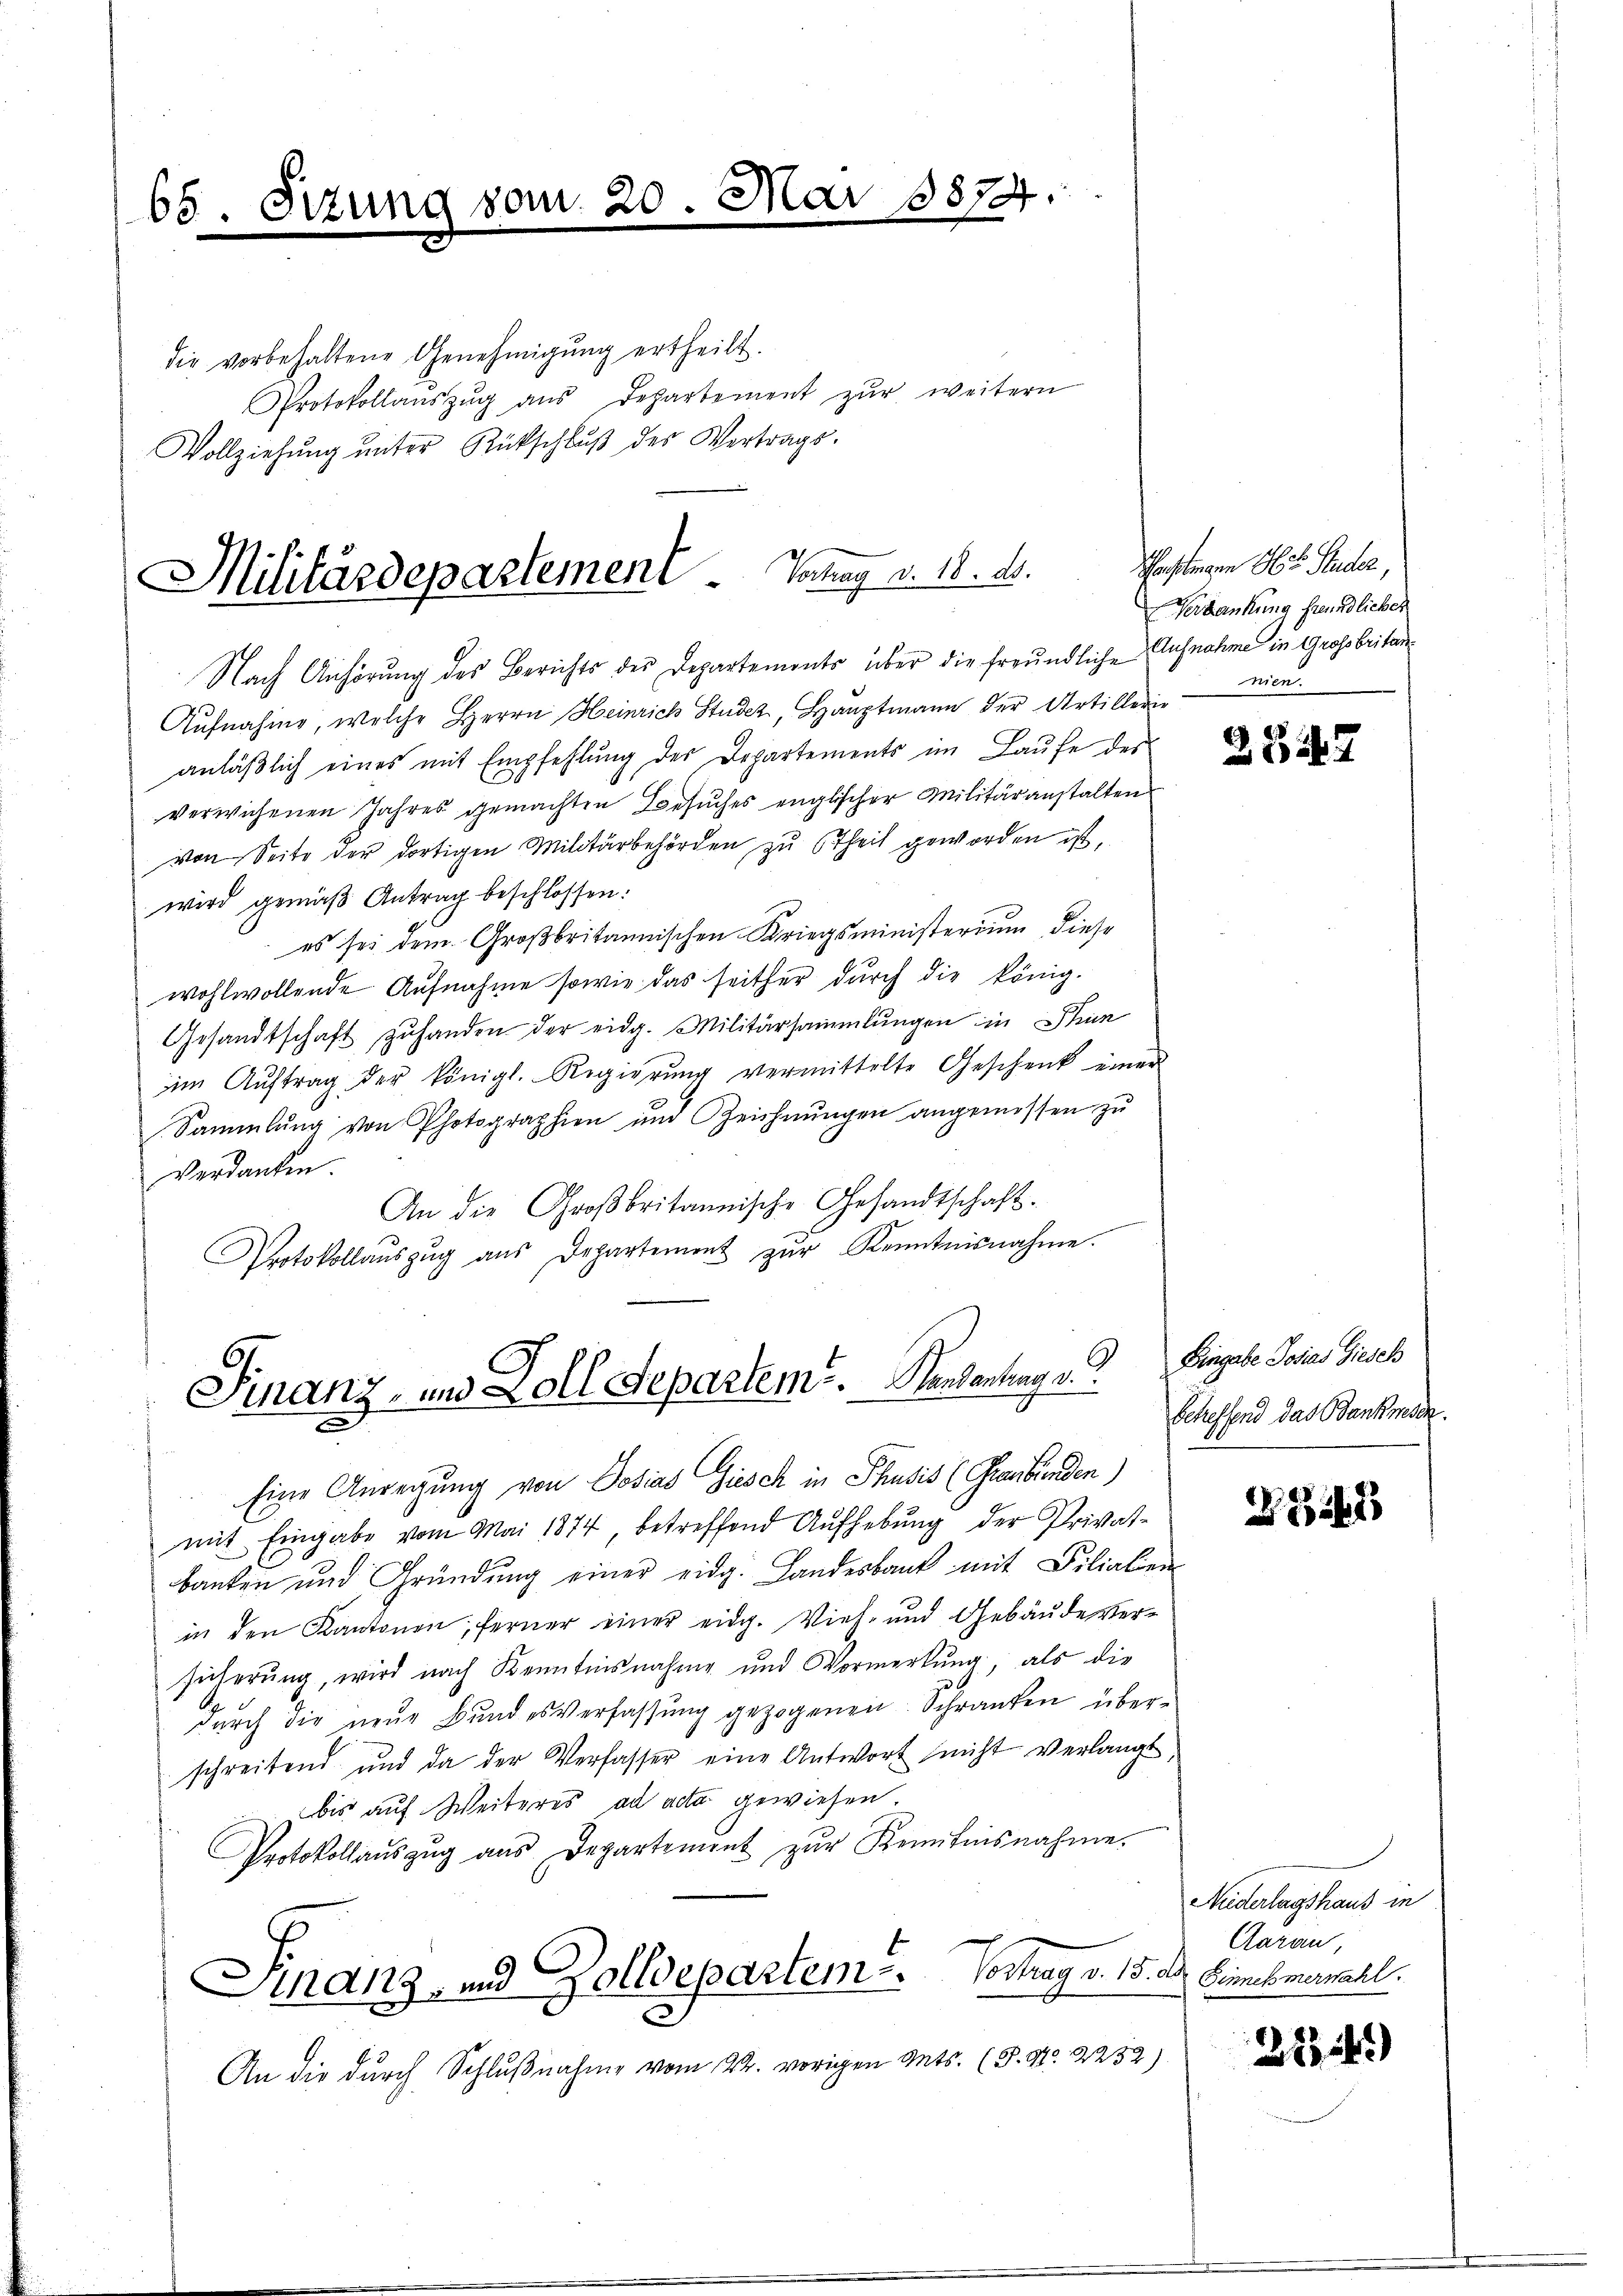
65. Sizung vom 20 M
e

3874

die vorbehaltene Genehmigŭng ertheilt.
Protokollaŭszŭg aŭs Departement zŭr weitern
Vollziehung unter Rückschlŭβ des Vertrags-

Militärdepartement . Vortrag v. 18. ds. Wasten Hs. Ruder,

Nach Anhörung des Berichts des Departements über die freundliche Aufnahme in Grossbritan¬
Aufnahme, welche Herrn Heinrich Studer, Hauptmann der Artillerinnen.
anläßlich eines mit Empfehlung des Departements im Laufe des
verwichenen Jahres gemachten Besuches englischer Militäranstalten
von Seite der dortigen Militärbehörden zu Theil geworden ist.
wird gemäß Antrag beschlossen:
es sei dem Großbritannischen Kriegsministerium, diese
wohlwollende Aufnahme sowie das seither durch die könig.
Gesandtschaft zŭ handen der eidg. Militärsammlungen in Sinn
im Auftrag der königl. Regierung vermittelte Geschenk einer
Sammlung von Photographien und Zeichnŭngen angemessen zŭ
Verdanken.
An die Großbritannische Gesandtschaft.
Protokollaŭszŭg aŭs Departement zŭr Kenntnisnahme.

.
Finanz- und Zoll Departem u. Handantung v.
x

Eine Anregung von Dosias Gesch in Thusis (Graubünden)
mit Eingabe vom Mai 1874, betreffend Aŭfhebŭng der Privat-
banken und Gründung einer eidg. Landesbank mit Filialien
in den Kantonen, ferner einer eidg. Vieh- und Gebäude ver-
sicherung, wird nach Kenntnisnahme und Vormerkung, als die
dŭrch die neŭe Bŭndesverfassŭng gezogenen Schranken über-
schreibend und da der Verfasser eine Antwort nicht verlangt
bis auf Weiteres ad acta gewiesen.
Protokollaŭszŭg aŭs Departement zŭr Kenntnisnahme.
Finanz- und Zolldepartem . . . .   Vortrag v. 15. Dr. Genehmernachl.
5
An die durch Schlußnahme vom 22. vorigen Ants. (S. Nr. 2252)

Verdankung freundlicher

2842

Eingabe Josias Giesch
Scheffend das Bankmesen.

2221

Niderlagshaus in
Aarau,

21345)